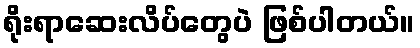
ရိုးရာဆေးလိပ်တွေပဲ ဖြစ်ပါတယ်။